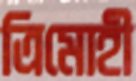
ত্রিমোহী